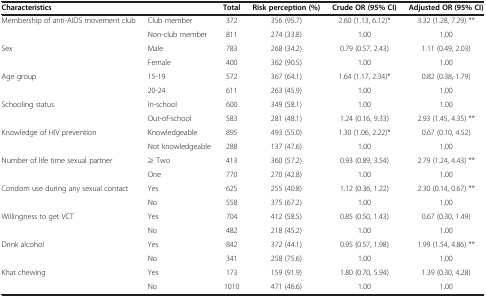
<table><thead><tr><td colspan="2"><b>Characteristics</b></td><td><b>Total</b></td><td><b>Risk perception (%)</b></td><td><b>Crude OR (95% CI)</b></td><td><b>Adjusted OR (95% CI)</b></td></tr></thead><tbody><tr><td rowspan="2">Membership of anti-AIDS movement club</td><td>Club member</td><td>372</td><td>356 (95.7)</td><td>2.60 (1.13, 6.12)*</td><td>3.32 (1.28, 7.29) **</td></tr><tr><td>Non-club member</td><td>811</td><td>274 (33.8)</td><td>1.00</td><td>1.00</td></tr><tr><td rowspan="2">Sex</td><td>Male</td><td>783</td><td>268 (34.2)</td><td>0.79 (0.57, 2.43)</td><td>1.11 (0.49, 2.03)</td></tr><tr><td>Female</td><td>400</td><td>362 (90.5)</td><td>1.00</td><td>1.00</td></tr><tr><td rowspan="2">Age group</td><td>15-19</td><td>572</td><td>367 (64.1)</td><td>1.64 (1.17, 2.34)*</td><td>0.82 (0.38, 1.79)</td></tr><tr><td>20-24</td><td>611</td><td>263 (45.9)</td><td>1.00</td><td>1.00</td></tr><tr><td rowspan="2">Schooling status</td><td>In-school</td><td>600</td><td>349 (58.1)</td><td>1.00</td><td>1.00</td></tr><tr><td>Out-of-school</td><td>583</td><td>281 (48.1)</td><td>1.24 (0.16, 9.33)</td><td>2.93 (1.45, 4.35) **</td></tr><tr><td rowspan="2">Knowledge of HIV prevention</td><td>Knowledgeable</td><td>895</td><td>493 (55.0)</td><td>1.30 (1.06, 2.22)*</td><td>0.67 (0.10, 4.52)</td></tr><tr><td>Not knowledgeable</td><td>288</td><td>137 (47.6)</td><td>1.00</td><td>1.00</td></tr><tr><td rowspan="2">Number of life time sexual partner</td><td>≥ Two</td><td>413</td><td>360 (57.2)</td><td>0.93 (0.89, 3.54)</td><td>2.79 (1.24, 4.43) **</td></tr><tr><td>One</td><td>770</td><td>270 (42.8)</td><td>1.00</td><td>1.00</td></tr><tr><td rowspan="2">Condom use during any sexual contact</td><td>Yes</td><td>625</td><td>255 (40.8)</td><td>1.12 (0.36, 1.22)</td><td>2.30 (0.14, 0.67) **</td></tr><tr><td>No</td><td>558</td><td>375 (67.2)</td><td>1.00</td><td>1.00</td></tr><tr><td rowspan="2">Willingness to get VCT</td><td>Yes</td><td>704</td><td>412 (58.5)</td><td>0.85 (0.50, 1.43)</td><td>0.67 (0.30, 1.49)</td></tr><tr><td>No</td><td>482</td><td>218 (45.2)</td><td>1.00</td><td>1.00</td></tr><tr><td rowspan="2">Drink alcohol</td><td>Yes</td><td>842</td><td>372 (44.1)</td><td>0.95 (0.57, 1.98)</td><td>1.99 (1.54, 4.86) **</td></tr><tr><td>No</td><td>341</td><td>258 (75.6)</td><td>1.00</td><td>1.00</td></tr><tr><td>Khat chewing</td><td>Yes</td><td>173</td><td>159 (91.9)</td><td>1.80 (0.70, 5.94)</td><td>1.39 (0.30, 4.28)</td></tr><tr><td> </td><td>No</td><td>1010</td><td>471 (46.6)</td><td>1.00</td><td>1.00</td></tr></tbody></table>